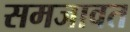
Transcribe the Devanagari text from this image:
समजावत